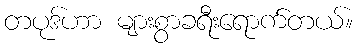
တပုဒ်ဟာ များစွာခရီးရောက်တယ်။